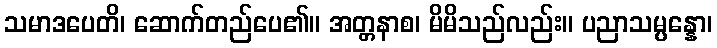
သမာဒပေတိ၊ ဆောက်တည်ပေ၏။ အတ္တနာစ၊ မိမိသည်လည်း။ ပညာသမ္ပန္နော၊